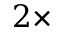
2 \times